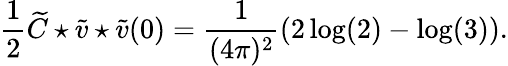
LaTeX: \frac{1}{2}\widetilde{C}\star\widetilde{v}\star\widetilde{v}(0)=\frac{1}{(4\pi)^{2}}\left(2\log(2)-\log(3)\right).